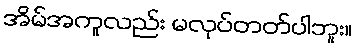
အိမ်အကူလည်း မလုပ်တတ်ပါဘူး။